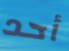
أحد